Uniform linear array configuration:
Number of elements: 8
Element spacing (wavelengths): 0.75
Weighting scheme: hann
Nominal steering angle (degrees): -45
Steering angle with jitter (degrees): -43.29
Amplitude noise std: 0.05
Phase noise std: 0.05

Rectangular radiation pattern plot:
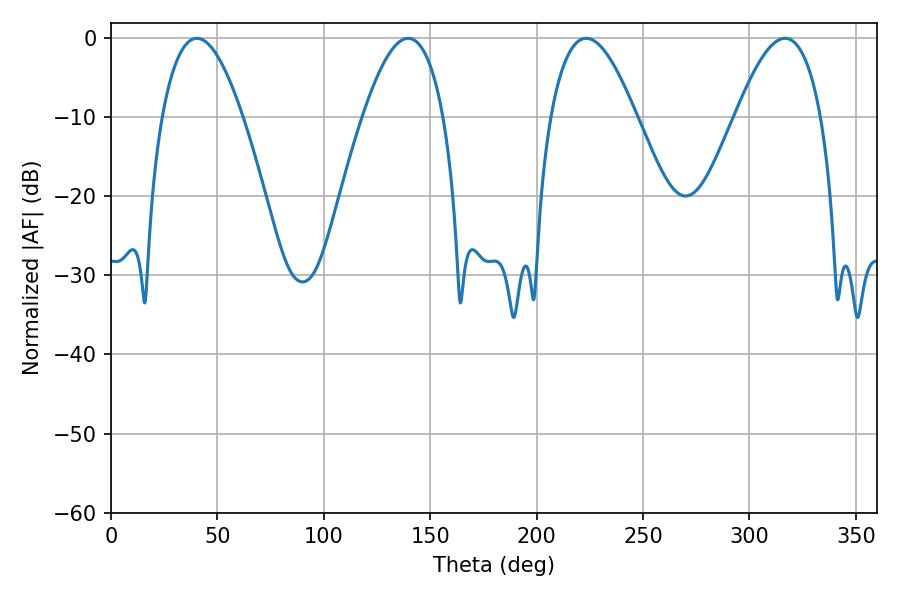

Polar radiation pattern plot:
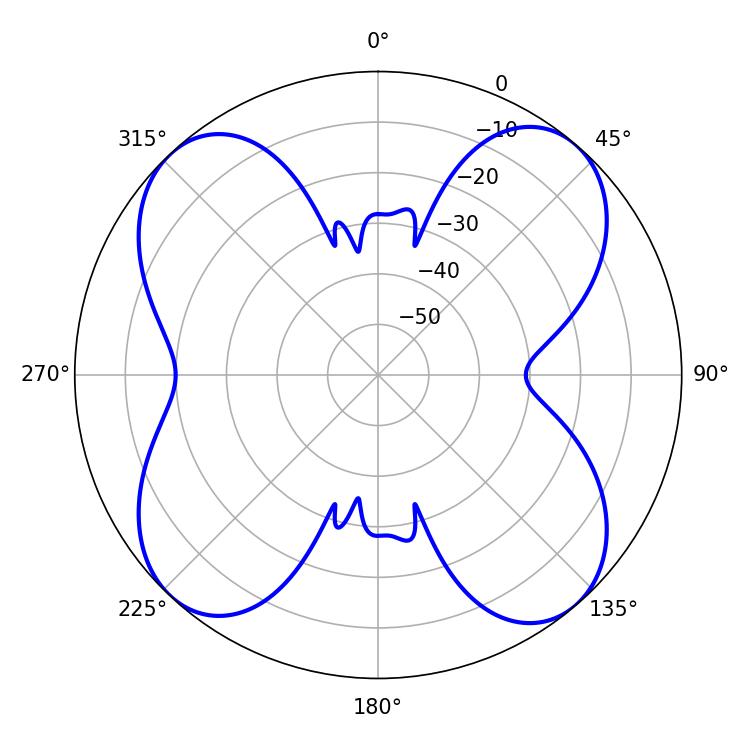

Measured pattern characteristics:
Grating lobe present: TRUE
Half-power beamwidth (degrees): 20.7
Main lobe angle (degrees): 40.32